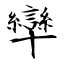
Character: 卛